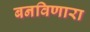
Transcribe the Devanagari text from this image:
बनविणारा